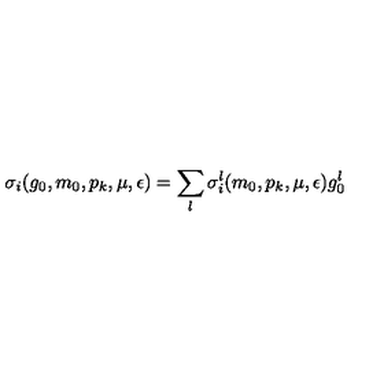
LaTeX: \sigma _ { i } ( g _ { 0 } , m _ { 0 } , p _ { k } , \mu , \epsilon ) = \sum _ { l } \sigma _ { i } ^ { l } ( m _ { 0 } , p _ { k } , \mu , \epsilon ) g _ { 0 } ^ { l }